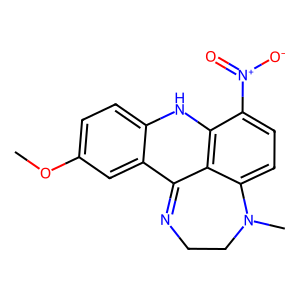
SMILES: COc1ccc2c(c1)C1=NCCN(C)c3ccc([N+](=O)[O-])c(c31)N2
Inhibits HIV replication: No